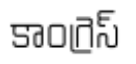
కాంగ్రెస్